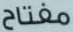
مفتاح